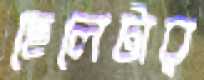
ছেলেটার